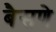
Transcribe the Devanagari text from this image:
बैसणे